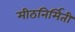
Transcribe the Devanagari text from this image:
मीठनिर्मिती